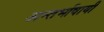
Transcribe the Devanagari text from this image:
अन्तर्भाषायी